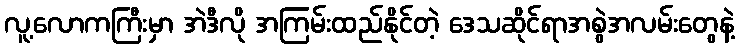
လူ့လောကကြီးမှာ အဲဒီလို အကြမ်းထည်နိုင်တဲ့ ဒေသဆိုင်ရာအစွဲအလမ်းတွေနဲ့